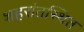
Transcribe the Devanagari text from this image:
शहरांतस्थित